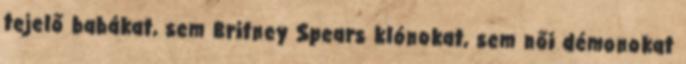
tejelő babákat, sem Britney Spears klónokat, sem női démonokat